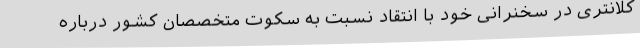
کلانتری در سخنرانی خود با انتقاد نسبت به سکوت متخصصان کشور درباره